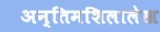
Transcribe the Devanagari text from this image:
अन्तिमशिलालेख